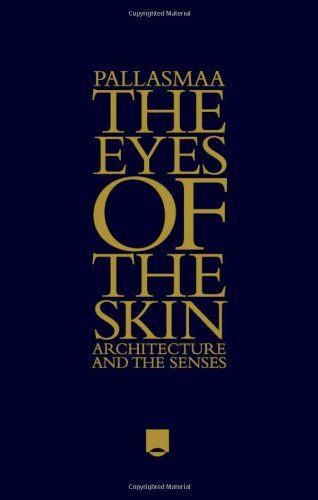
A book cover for The Eyes of the Skin: Architecture and the Senses; Juhani Pallasmaa; Arts & Photography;